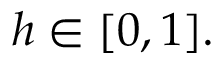
h \in [ 0 , 1 ] .